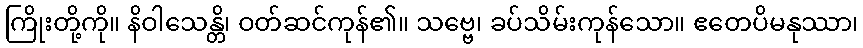
ကြိုးတို့ကို။ နိဝါသေန္တိ၊ ဝတ်ဆင်ကုန်၏။ သဗ္ဗေ၊ ခပ်သိမ်းကုန်သော။ ဧတေပိမနုဿာ၊